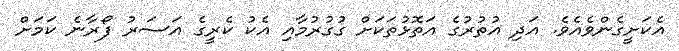
އެކަށީގެންވެއެވެ. އަދި އުތުރުގެ އަތޮޅުތަކަށް ގުގުރުމާއި އެކު ކެރީގެ އަސަރު ފޯރާނެ ކަމަށް